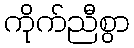
ကိုက်ညီစွာ